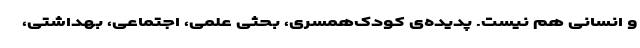
و انسانی هم نیست. پدیده‌ی کودک‌همسری، بحثی علمی، اجتماعی، بهداشتی،